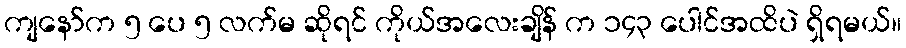
ကျနော်က ၅ ပေ ၅ လက်မ ဆိုရင် ကိုယ်အလေးချိန် က ၁၄၃ ပေါင်အထိပဲ ရှိရမယ်။